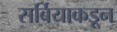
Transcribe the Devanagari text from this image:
सर्बियाकडून